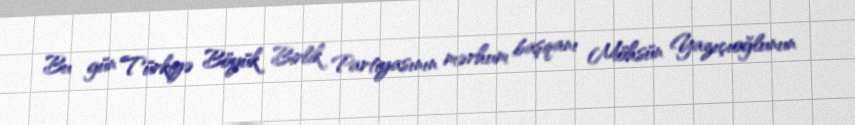
Bu gün Türkiyə Böyük Birlik Partiyasının mərhum başqanı Möhsün Yazıçıoğlunun